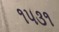
૧૫૩૧